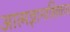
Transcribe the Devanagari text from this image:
आत्मज्ञानाशिवाय